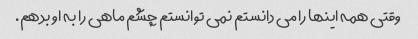
وقتی همه اینها را می دانستم نمی توانستم چشم ماهی را به او بدهم.